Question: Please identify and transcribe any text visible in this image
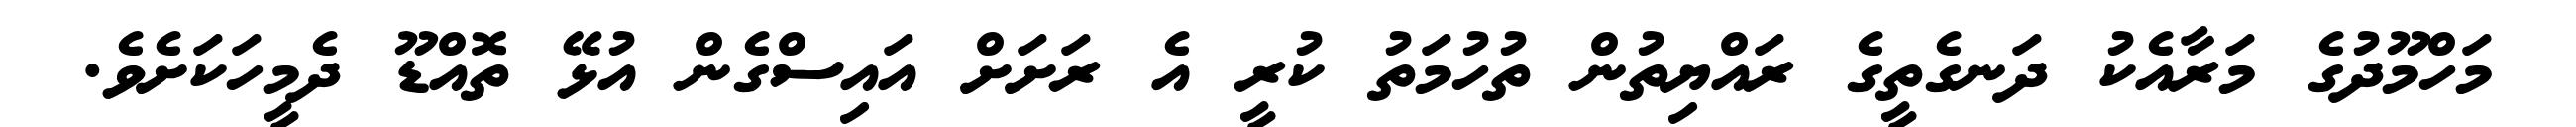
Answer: މަހްމޫދުގެ މަރާއެކު ދަނގެތީގެ ރައްޔިތުން ތުހުމަތު ކުރީ އެ ރަށަށް އައިސްގެން އުޅޭ ތޮއްޑޫ ދެމީހަކަށެވެ.